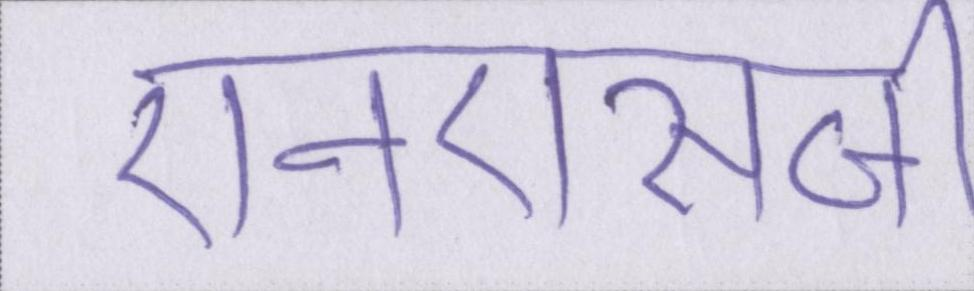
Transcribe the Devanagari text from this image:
एनएसजी